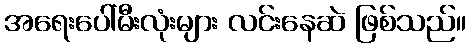
အရေးပေါ်မီးလုံးများ လင်းနေဆဲ ဖြစ်သည်။